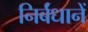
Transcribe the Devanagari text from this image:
निर्बंधानें